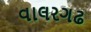
વાલરગઢ